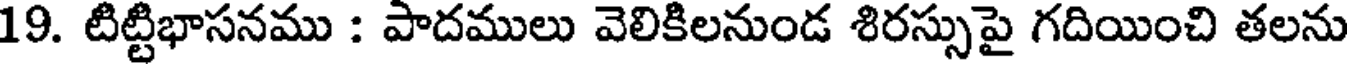
19. టిట్టిభాసనము : పాదములు వెలికిలనుండ శిరస్సుపై గదియించి తలను